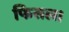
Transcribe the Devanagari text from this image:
फिसल।